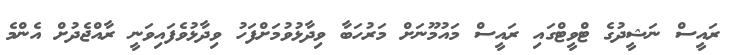
ރައީސް ނަޝީދުގެ ޓްވީޓްގައި ރައީސް މައުމޫނަށް މަރުހަބާ ވިދާޅުވުމަށްފަހު ވިދާޅުވެފައިވަނީ ރާއްޖެދުށް އެންމެ